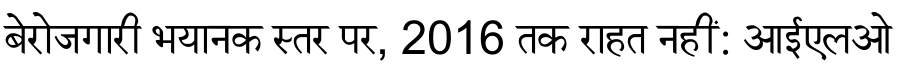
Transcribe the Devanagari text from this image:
बेरोजगारी भयानक स्तर पर, 2016 तक राहत नहीं: आईएलओ